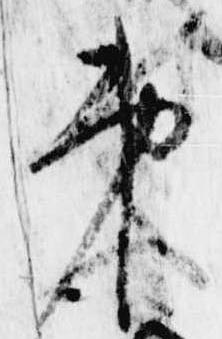
第